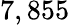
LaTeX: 7,855